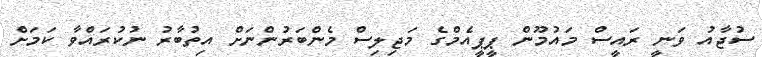
ސުޖާއު ވަނީ ރައީސް މައުމޫން ޕީޕީއެމްގެ މަޖިލިސް މެންބަރުންނަށް އިތުބާރު ނުކުރައްވާ ކަމަށް